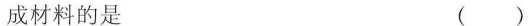
成材料的是 ()